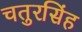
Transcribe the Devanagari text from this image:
चतुरसिंह